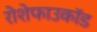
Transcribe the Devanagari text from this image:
रोशेफाउकॉड